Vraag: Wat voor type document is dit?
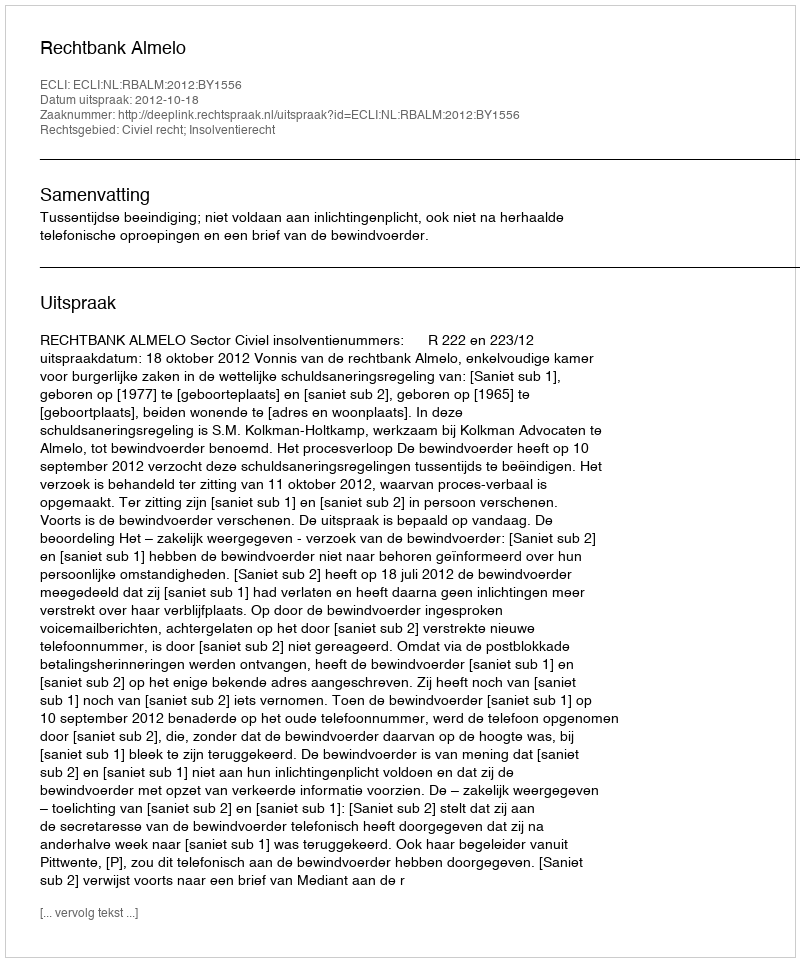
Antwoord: Uitspraak